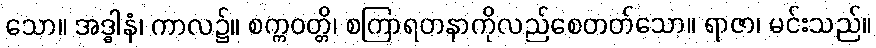
သော။ အဒ္ဓါနံ၊ ကာလ၌။ စက္ကဝတ္တိ၊ စကြာရတနာကိုလည်စေတတ်သော။ ရာဇာ၊ မင်းသည်။